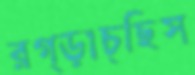
রগ্‌ড়াচ্ছিস